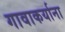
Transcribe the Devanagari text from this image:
गावाकर्याना